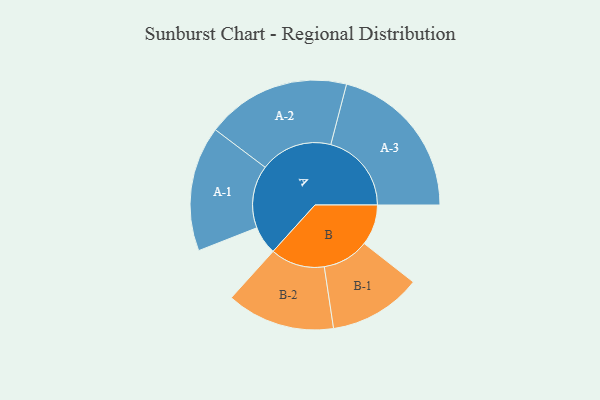
{"axis": {"x": "Segment", "y": "Value"}, "legend": ["", "A", "B"], "data": [{"x": "A", "y": 105, "type": ""}, {"x": "B", "y": 151, "type": ""}, {"x": "A-1", "y": 232, "type": "A"}, {"x": "A-2", "y": 268, "type": "A"}, {"x": "A-3", "y": 299, "type": "A"}, {"x": "B-1", "y": 172, "type": "B"}, {"x": "B-2", "y": 201, "type": "B"}]}